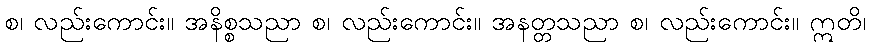
စ၊ လည်းကောင်း။ အနိစ္စသညာ စ၊ လည်းကောင်း။ အနတ္တသညာ စ၊ လည်းကောင်း။ ဣတိ၊